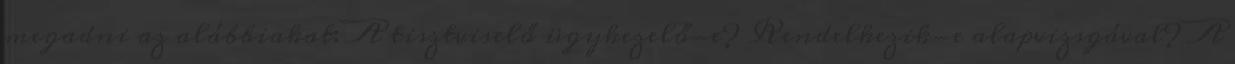
megadni az alábbiakat: A tisztviselő ügykezelő-e? Rendelkezik-e alapvizsgával? A